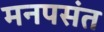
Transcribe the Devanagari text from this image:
मनपसंत